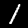
Label: 1